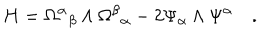
H = { \Omega ^ { \alpha } } _ { \beta } \wedge { \Omega ^ { \beta } } _ { \alpha } - 2 \Psi _ { \alpha } \wedge \Psi ^ { \alpha } \quad .